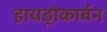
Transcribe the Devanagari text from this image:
हायड्रोकार्बन